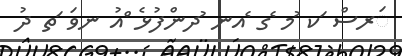
ަރސް ަކ ުމ ެގ ެއނ ުދންފުޅެ ްއު ނވަ ަތ ދު